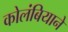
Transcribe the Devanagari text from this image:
कोलंबियाने